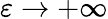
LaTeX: \varepsilon\to+\infty